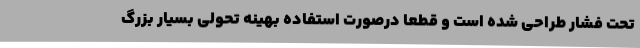
تحت فشار طراحی شده است و قطعا درصورت استفاده بهینه تحولی بسیار بزرگ